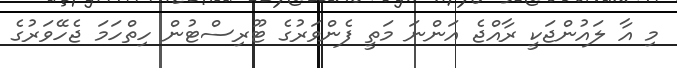
މި އާ ލައުންޖަކީ ރާއްޖެ އަންނަ މަތީ ފެންވަރުގެ ޓޫރިސްޓުން ހިތްހަމަ ޖެހޭވަރުގެ